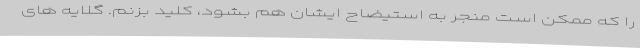
را که ممکن است منجر به استیضاح ایشان هم بشود، کلید بزنم. گلایه های